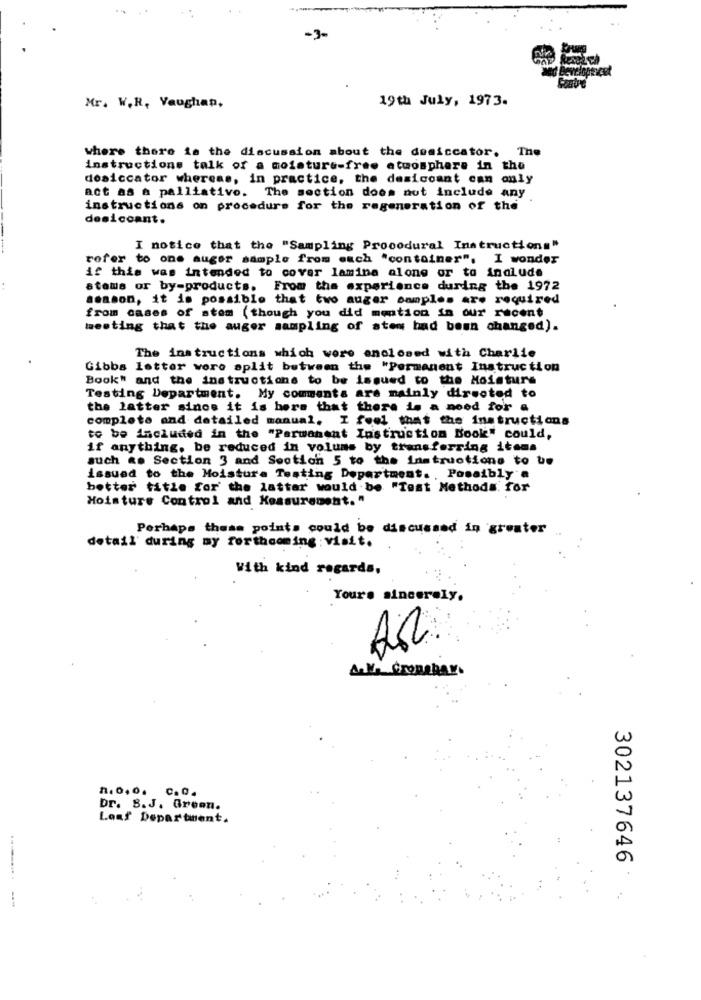
-3-
19th July, 1973.
Mr. W.R, Vaughan,
where there is the discussion about the desiccator. The
instructions talk of a moisture-free atmosphere in the
dosiccator whereas, in practice, the desicoant can only
act as a palliativo. The section does not include any
instructions on procedure for the regeneration of the
desiccant.
I notice that the "Sampling Procedural Instructions"
refer to one auger sample from each "container". I wonder
if this was intended to cover lamina along or to inalude
stems or by-products. From the experience during the 1972
season, it is possible that two auger samples are required
from cases of stem (though you did mention in our recent
meeting that the auger sampling of sten had been changed).
The instructions which were enclosed with Charlie
Gibbs letter wore split between the "Permanent Instruction
Book" and the instructions to be issued to the Moisture
Testing Department. My comments are mainly directed to
the latter sincs it is here that there is a need for a
complete and detailed manual, I feel that the instructions
to be included in the "Permanent Instruction Book" could,
if anything. be reduced in volums by transferring items
auch .. Section 3 and Sootion 5 to the instructions to be
issued to the Moisture Testing Department. , Possibly a
better title for the latter would be "Test Methods for
Moisture Control and Measurement."
Perhaps these points could be discussed in greater
detail during my forthcoming: visit.
With kind regards,
Yours sincerely.
A. la Gronohar.
n.0,0. c.O.
Dr. S.J. Green.
Loaf Department.
302137646